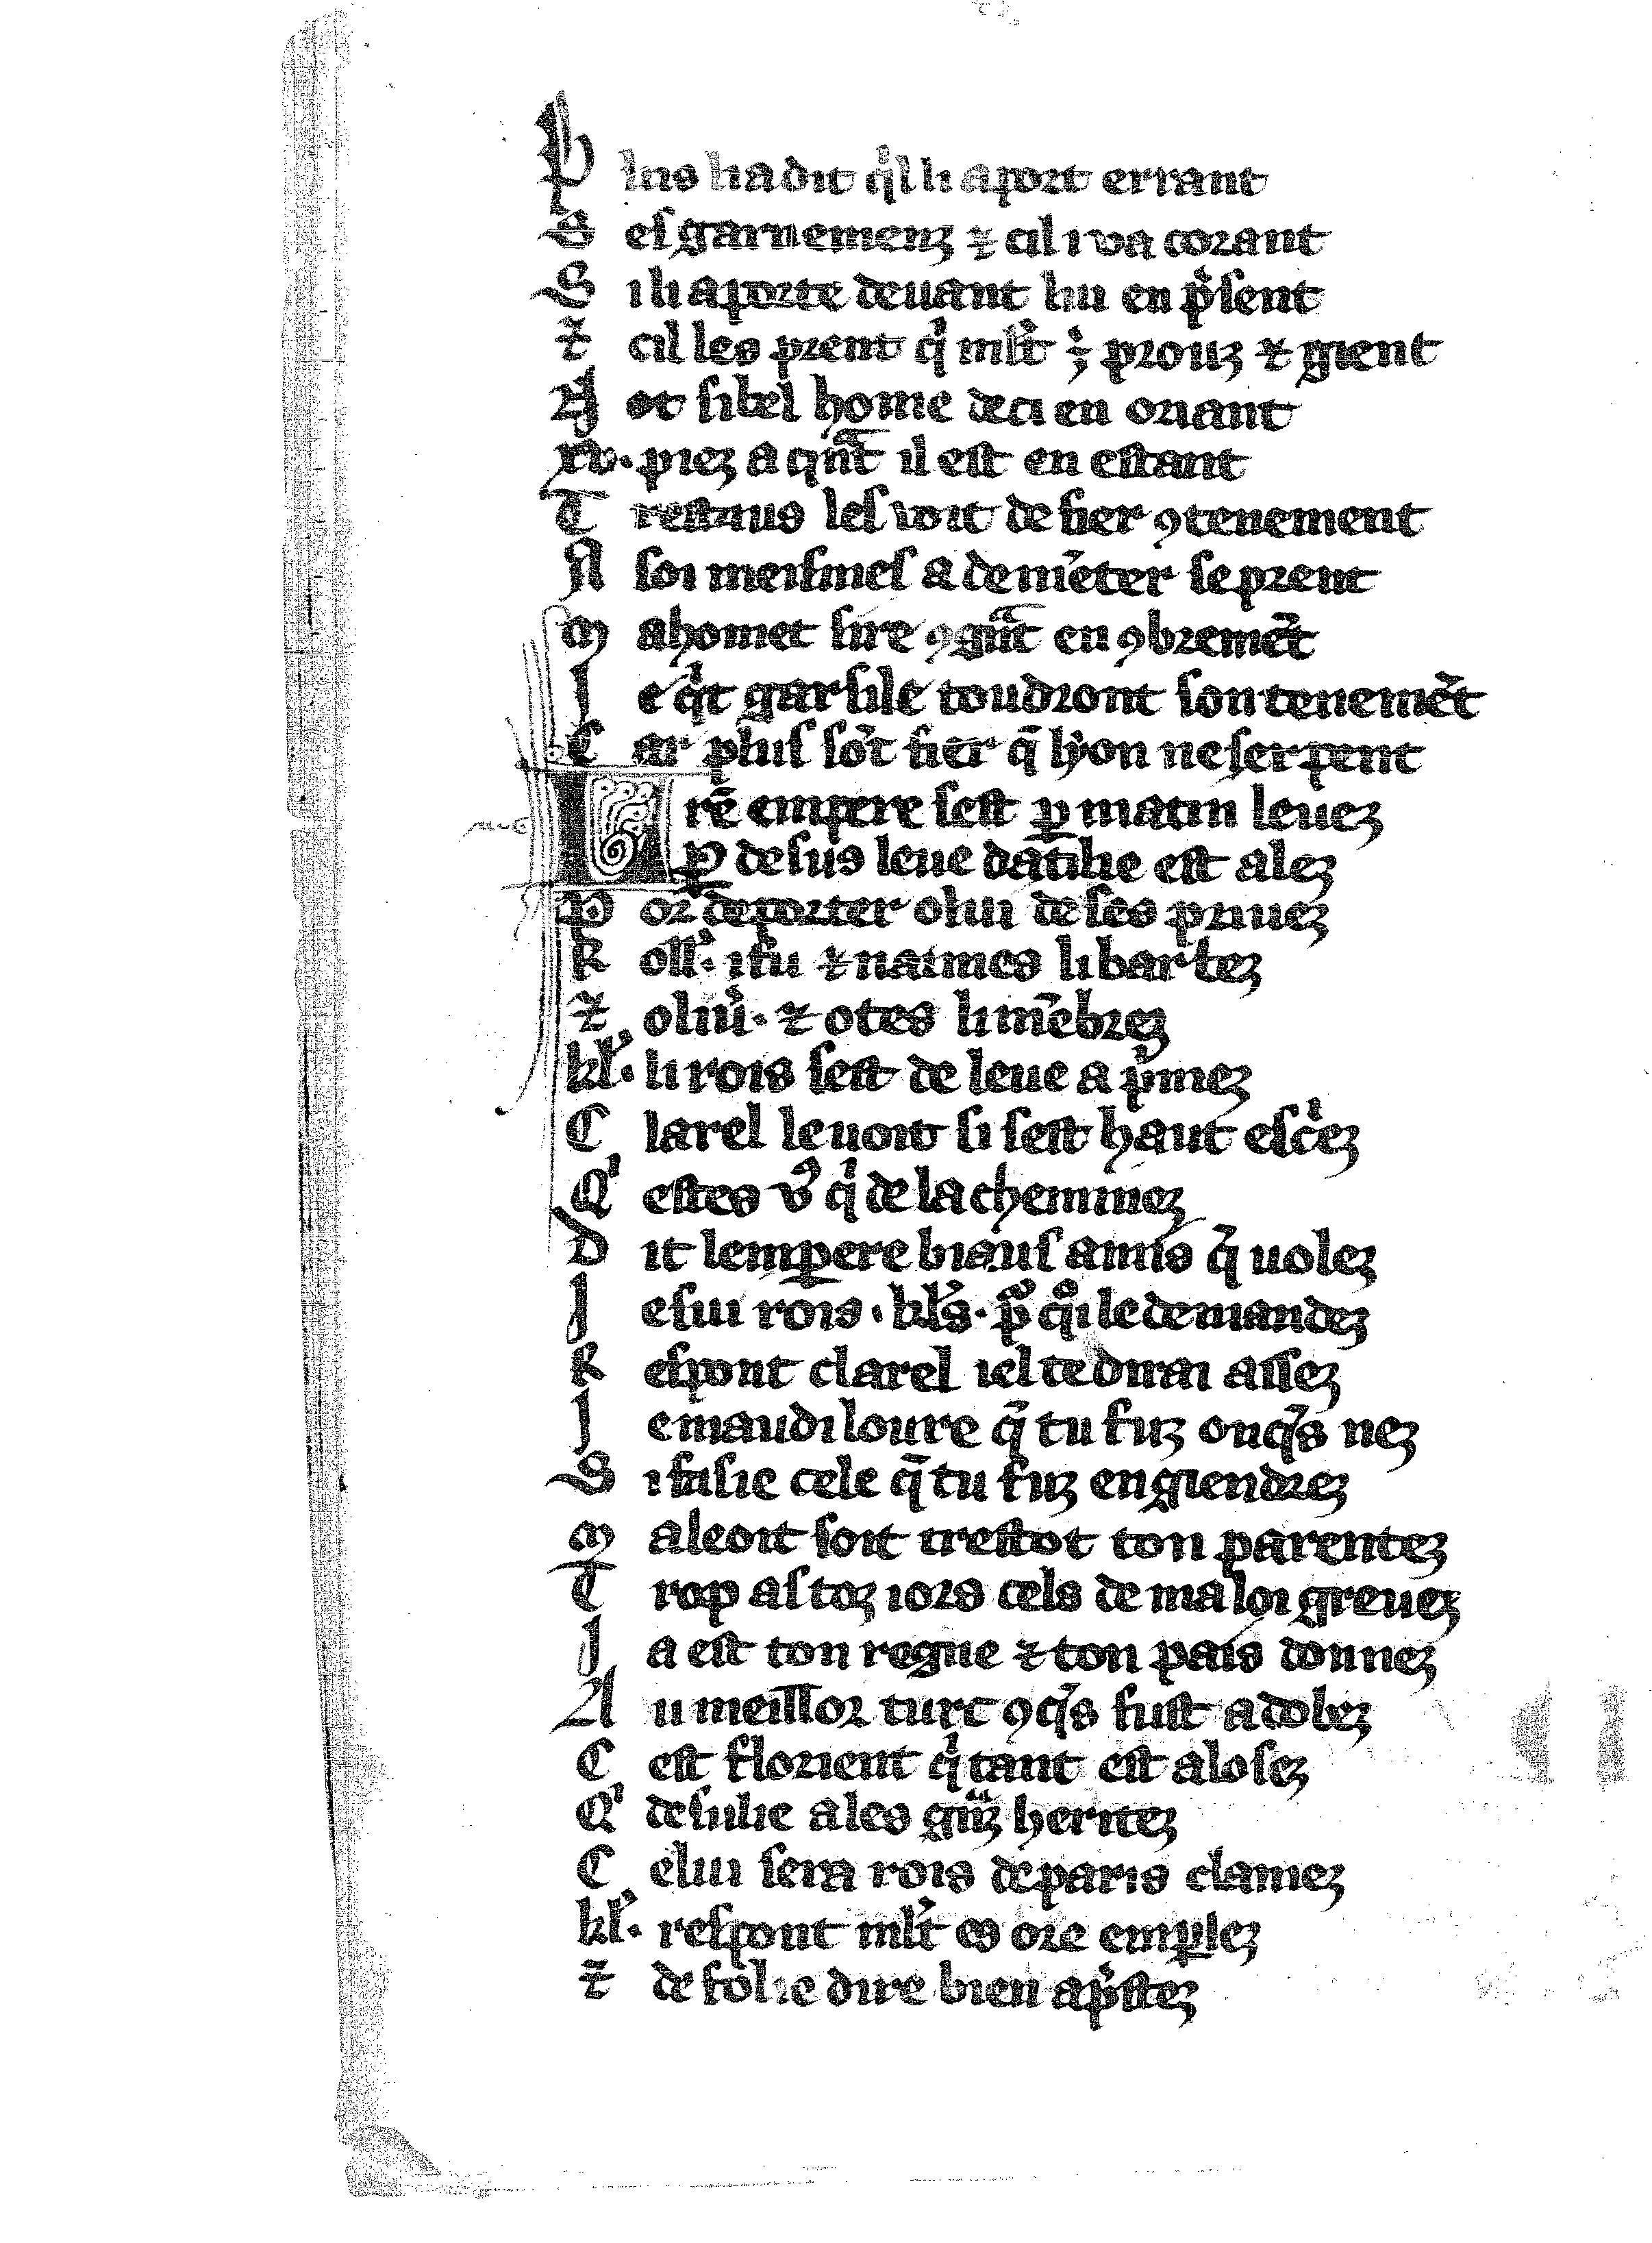
Shelfmark: Vatican, Biblioteca apostolica vaticana, Reg.lat. 1616
Century: 14